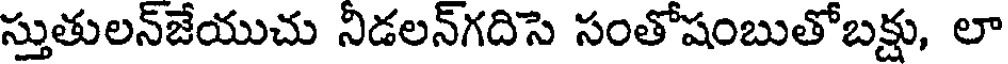
స్తుతులన్జేయుచు నిడలన్గదిసె సంతోషంబుతోబక్షు, లా